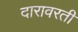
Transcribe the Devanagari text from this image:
दारावरती